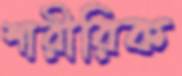
শারীরিক